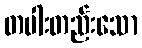
တပါးတည်းသော